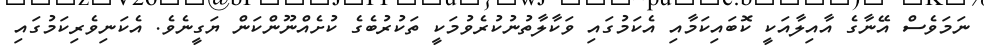
ނަމަވެސް އޭނާގެ އާއިލާއަކީ ކޮބައިކަމާއި އެކަމުގައި ވަކާލާތުނުކުރެވުމަކީ ތަކުރުބެގެ ކުށެއްނޫންކަން ޔަގީނެވެ. އެކަނިވެރިކަމުގައި